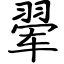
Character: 翚